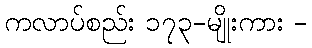
ကလာပ်စည်း ၁၇၃-မျိုးကား -